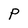
Character: P